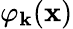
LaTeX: \varphi_{\mathbf{k}}({\mathbf{x}})